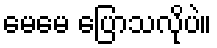
မေမေ ပြောသလိုပဲ။